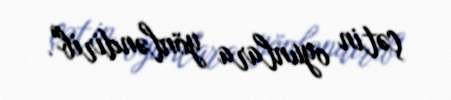
çətin oyunlara yönləndirib".